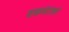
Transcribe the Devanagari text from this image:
वाळवंटातले